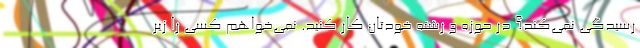
رسیدگی نمی‌کند؟ در حوزه و رشته خودتان کار کنید. نمی‌خواهم کسی را زیر